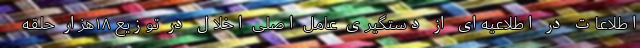
اطلاعات در اطلاعیه‌ای از دستگیری عامل اصلی اخلال در توزیع ۱۸هزار حلقه